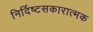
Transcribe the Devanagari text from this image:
निर्दिष्टसकारात्मक